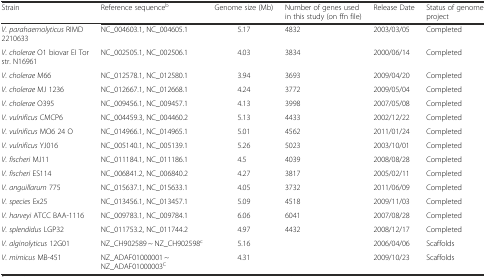
<table><thead><tr><td><b>Strain</b></td><td><b>Reference sequence<sup>b</sup></b></td><td><b>Genome size (Mb)</b></td><td><b>Number of genes used in this study (on ffn file)</b></td><td><b>Release Date</b></td><td><b>Status of genome project</b></td></tr></thead><tbody><tr><td><i>V. parahaemolyticus</i> RIMD 2210633</td><td>NC_004603.1, NC_004605.1</td><td>5.17</td><td>4832</td><td>2003/03/05</td><td>Completed</td></tr><tr><td><i>V. cholerae</i> O1 biovar EI Tor str. N16961</td><td>NC_002505.1, NC_002506.1</td><td>4.03</td><td>3834</td><td>2000/06/14</td><td>Completed</td></tr><tr><td><i>V. cholerae</i> M66</td><td>NC_012578.1, NC_012580.1</td><td>3.94</td><td>3693</td><td>2009/04/20</td><td>Completed</td></tr><tr><td><i>V. cholerae</i> MJ 1236</td><td>NC_012667.1, NC_012668.1</td><td>4.24</td><td>3772</td><td>2009/05/04</td><td>Completed</td></tr><tr><td><i>V. cholerae</i> O395</td><td>NC_009456.1, NC_009457.1</td><td>4.13</td><td>3998</td><td>2007/05/08</td><td>Completed</td></tr><tr><td><i>V. vulnificus</i> CMCP6</td><td>NC_004459.3, NC_004460.2</td><td>5.13</td><td>4433</td><td>2002/12/22</td><td>Completed</td></tr><tr><td><i>V. vulnificus</i> MO6 24 O</td><td>NC_014966.1, NC_014965.1</td><td>5.01</td><td>4562</td><td>2011/01/24</td><td>Completed</td></tr><tr><td><i>V. vulnificus</i> YJ016</td><td>NC_005140.1, NC_005139.1</td><td>5.26</td><td>5023</td><td>2003/10/01</td><td>Completed</td></tr><tr><td><i>V. fischeri</i> MJ11</td><td>NC_011184.1, NC_011186.1</td><td>4.5</td><td>4039</td><td>2008/08/28</td><td>Completed</td></tr><tr><td><i>V. fischeri</i> ES114</td><td>NC_006841.2, NC_006840.2</td><td>4.27</td><td>3817</td><td>2005/02/11</td><td>Completed</td></tr><tr><td><i>V. anguillarum</i> 775</td><td>NC_015637.1, NC_015633.1</td><td>4.05</td><td>3732</td><td>2011/06/09</td><td>Completed</td></tr><tr><td><i>V. species</i> Ex25</td><td>NC_013456.1, NC_013457.1</td><td>5.09</td><td>4518</td><td>2009/11/03</td><td>Completed</td></tr><tr><td><i>V. harveyi</i> ATCC BAA-1116</td><td>NC_009783.1, NC_009784.1</td><td>6.06</td><td>6041</td><td>2007/08/28</td><td>Completed</td></tr><tr><td><i>V. splendidus</i> LGP32</td><td>NC_011753.2, NC_011744.2</td><td>4.97</td><td>4432</td><td>2008/12/17</td><td>Completed</td></tr><tr><td><i>V. alginolyticus</i> 12G01</td><td>NZ_CH902589 ~ NZ_CH902598<sup>c</sup></td><td>5.16</td><td></td><td>2006/04/06</td><td>Scaffolds</td></tr><tr><td><i>V. mimicus</i> MB-451</td><td>NZ_ADAF01000001 ~ NZ_ADAF01000003<sup>C</sup></td><td>4.31</td><td></td><td>2009/10/23</td><td>Scaffolds</td></tr></tbody></table>